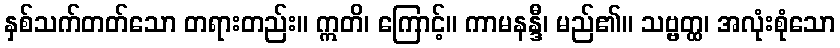
နှစ်သက်တတ်သော တရားတည်း။ ဣတိ၊ ကြောင့်။ ကာမနန္ဒီ၊ မည်၏။ သဗ္ဗတ္ထ၊ အလုံးစုံသော